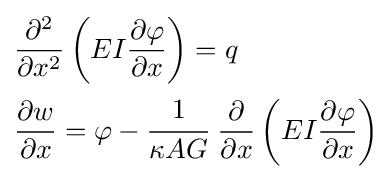
{\begin{aligned}&{\frac {\partial ^{2}}{\partial x^{2}}}\left(EI{\frac {\partial \varphi }{\partial x}}\right)=q\\&{\frac {\partial w}{\partial x}}=\varphi -{\cfrac {1}{\kappa AG}}~{\frac {\partial }{\partial x}}\left(EI{\frac {\partial \varphi }{\partial x}}\right)\end{aligned}}